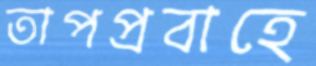
তাপপ্রবাহে